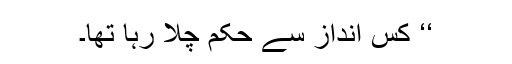
‘‘ کس انداز سے حکم چلا رہا تھا۔